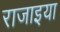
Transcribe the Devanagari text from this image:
राजाइया